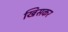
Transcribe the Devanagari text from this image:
खिसकर